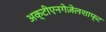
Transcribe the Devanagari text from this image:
अक्टीएनगेज़ेलशाफ्ट